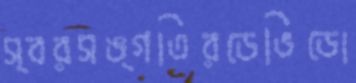
স্বরসঙ্গতিরডেভিডো